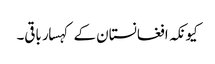
کیونکہ افغانستان کے کہسار باقی۔